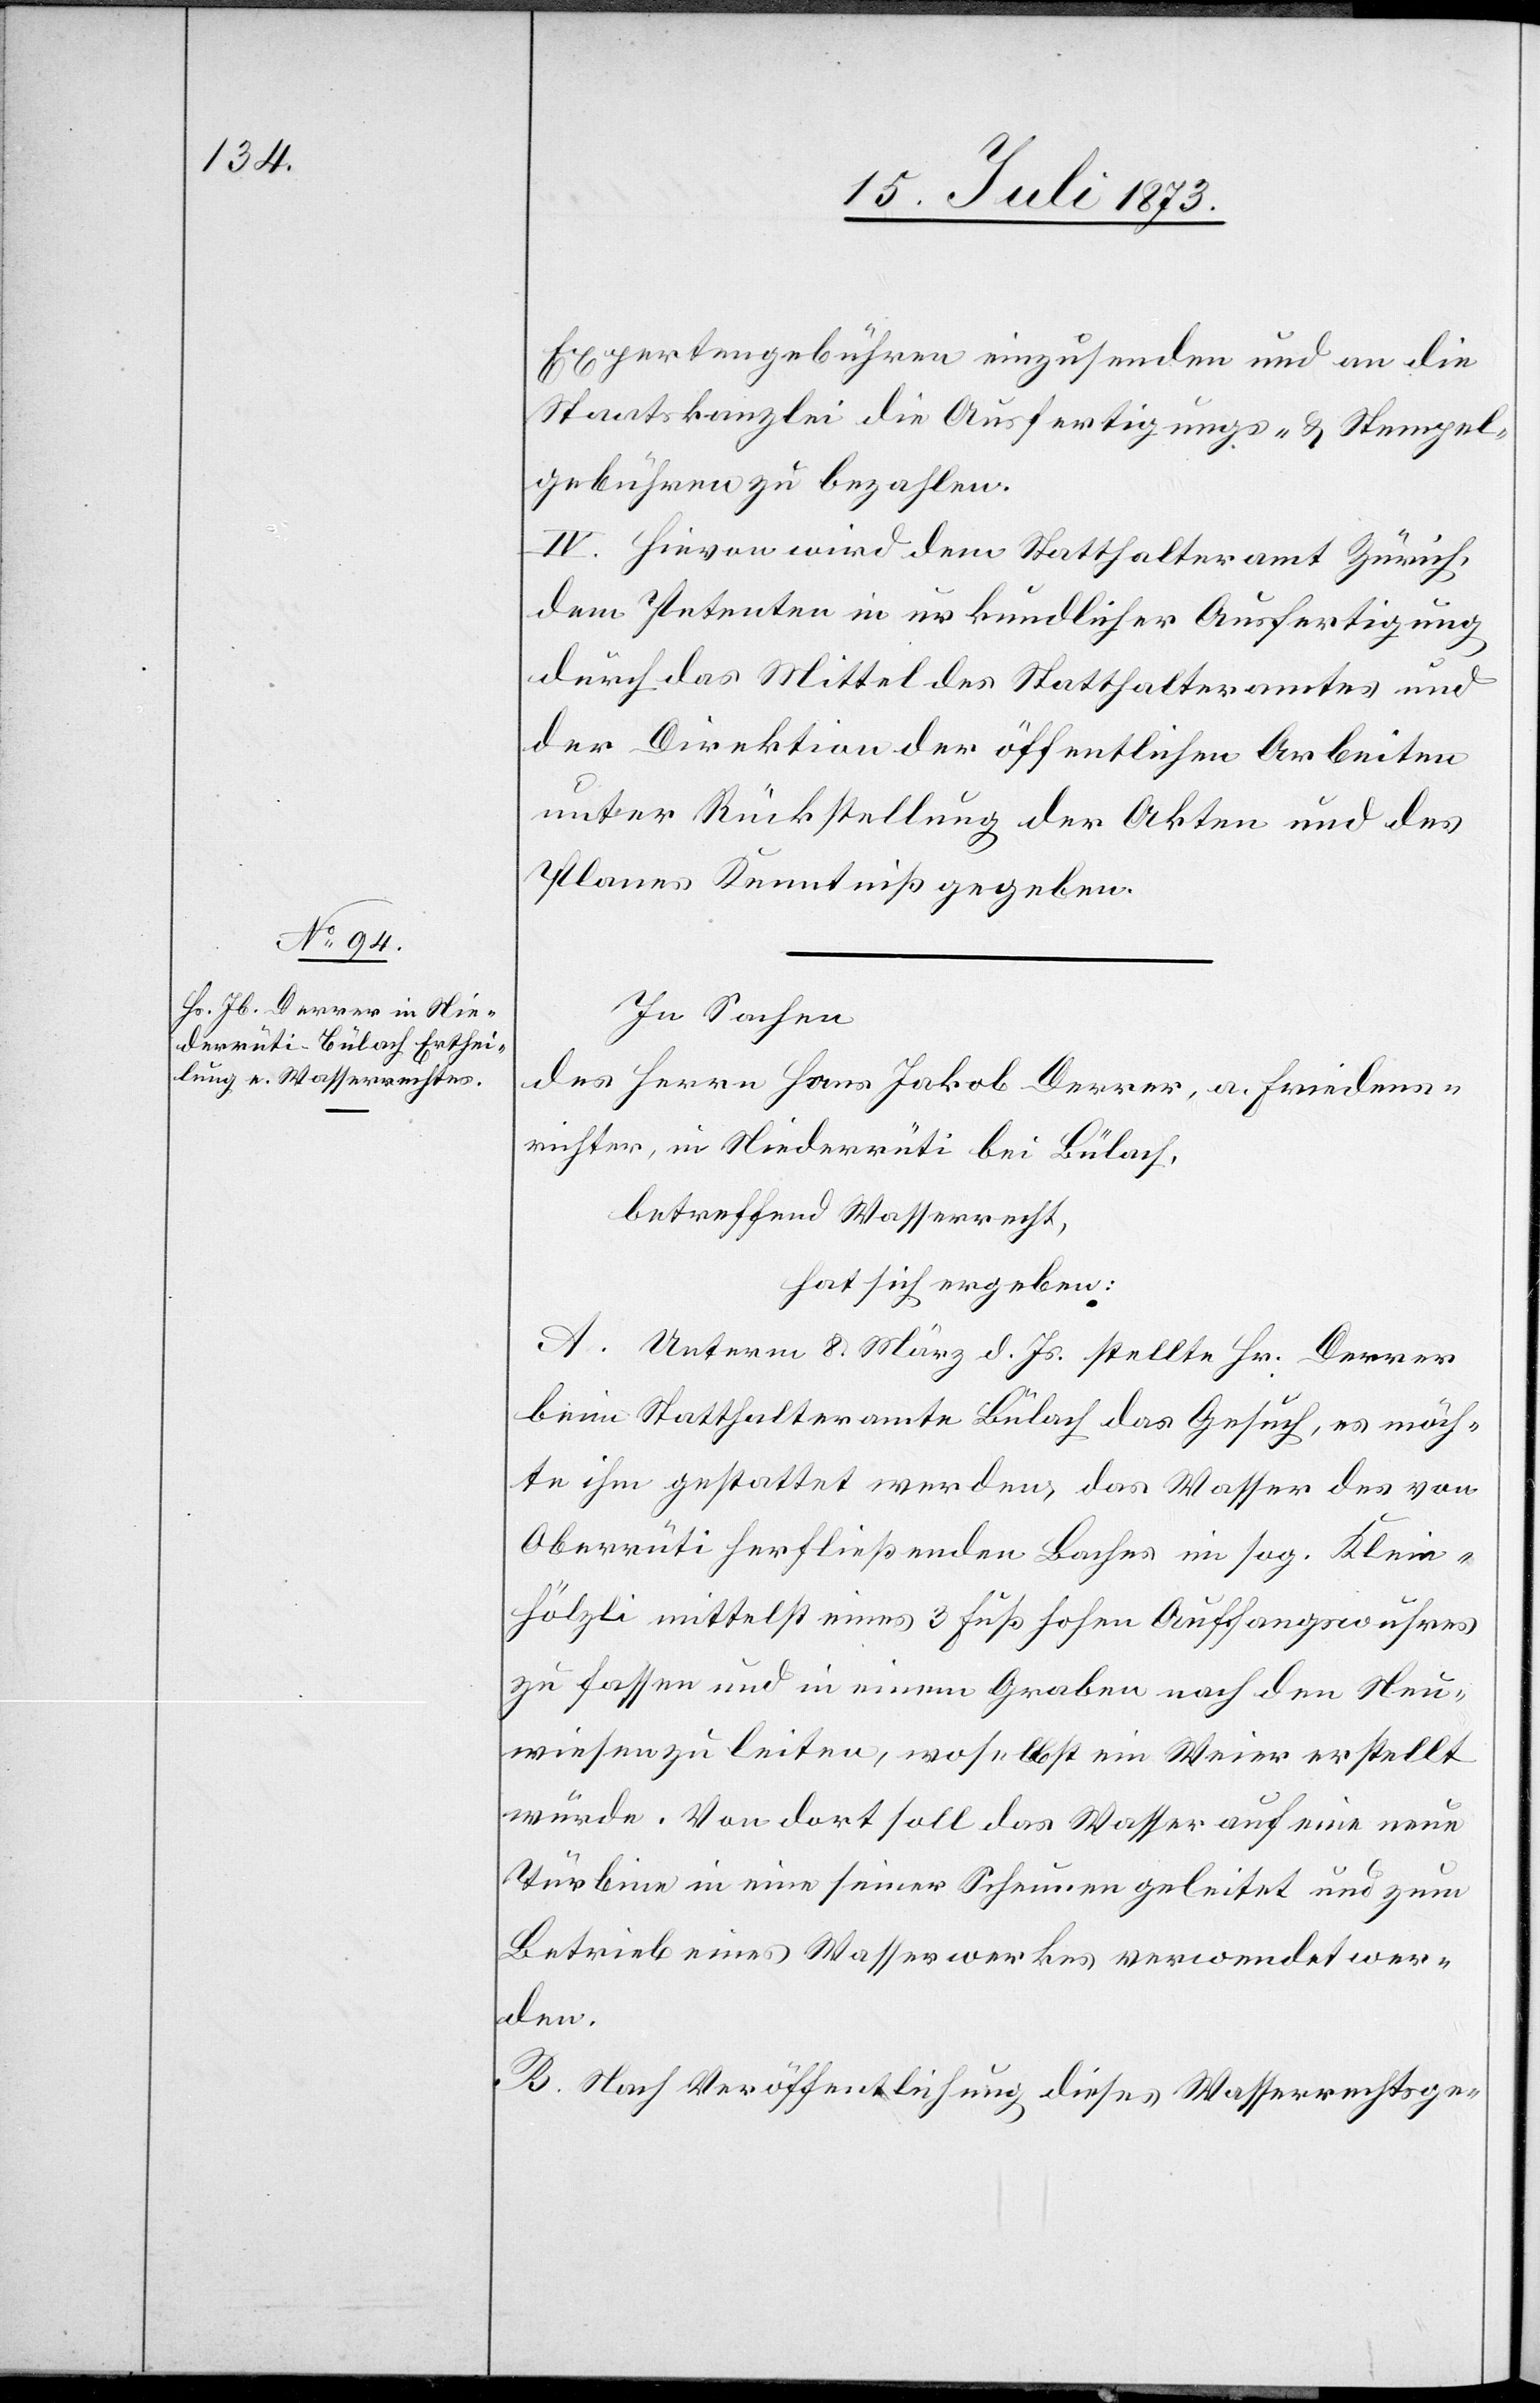
Expertengebühren einzusenden und an die
Staatskanzlei die Ausfertigungs- & Stempel¬
gebühren zu bezahlen.
IV. Hievon wird dem Statthalteramt Zürich,
dem Petenten in urkundlicher Ausfertigung
durch das Mittel des Statthalteramtes und
der Direktion der öffentlichen Arbeiten
unter Rückstellung der Akten und des
Planes Kenntniß gegeben.
In Sachen
des Herrn Hans Jakob Derrer, a. Friedens¬
richter, in Niederrüti bei Bülach,
betreffend Wasserrecht,
hat sich ergeben:
A. Unterm 8. März d. Js. stellte Hr. Derrer
beim Statthalteramte Bülach das Gesuch, es möch¬
te ihm gestattet werden, das Wasser des von
Oberrüti herfließenden Baches im sog. Klein-H¬
ölzli mittelst eines 3 Fuß hohen Auffangswuhres
zu fassen und in einem Graben nach den Neu¬
wiesen zu leiten, woselbst ein Weier erstellt
würde. Von dort soll das Wasser auf eine neue
[sic!] in eine seiner Scheunen geleitet und zum
Betriebe eines Wasserwerkes verwendet wer¬
den.
B. Nach Veröffentlichung dieses Wasserrechtsge-